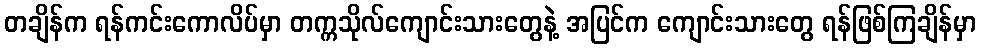
တချိန်က ရန်ကင်းကောလိပ်မှာ တက္ကသိုလ်ကျောင်းသားတွေနဲ့ အပြင်က ကျောင်းသားတွေ ရန်ဖြစ်ကြချိန်မှာ